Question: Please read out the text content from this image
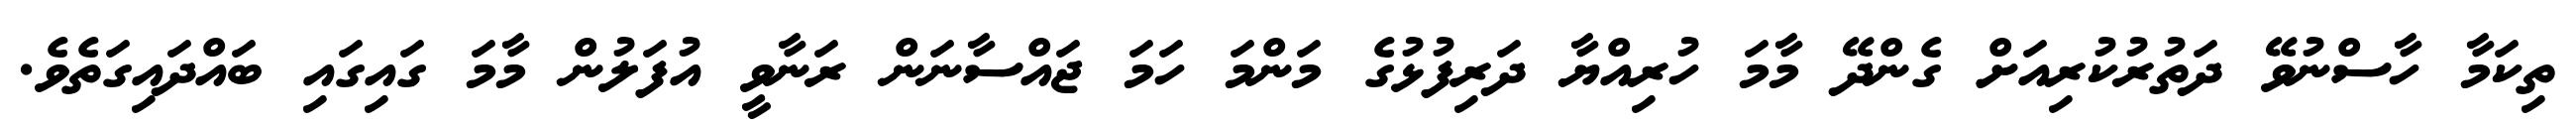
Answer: ތިކަމާ ހާސްނުވޭ ދަތުރުކުރިއަށް ގެންދޭ މާމަ ހުރިއްޔާ ދަރިފުޅުގެ މަންމަ ހަމަ ޖައްސާނަން ރަނާވީ އުފަލުން މާމަ ގައިގައި ބައްދައިގަތެވެ.